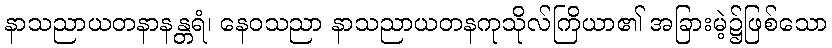
နာသညာယတနာနန္တရံ၊ နေဝသညာ နာသညာယတနကုသိုလ်ကြိယာ၏ အခြားမဲ့၌ဖြစ်သော